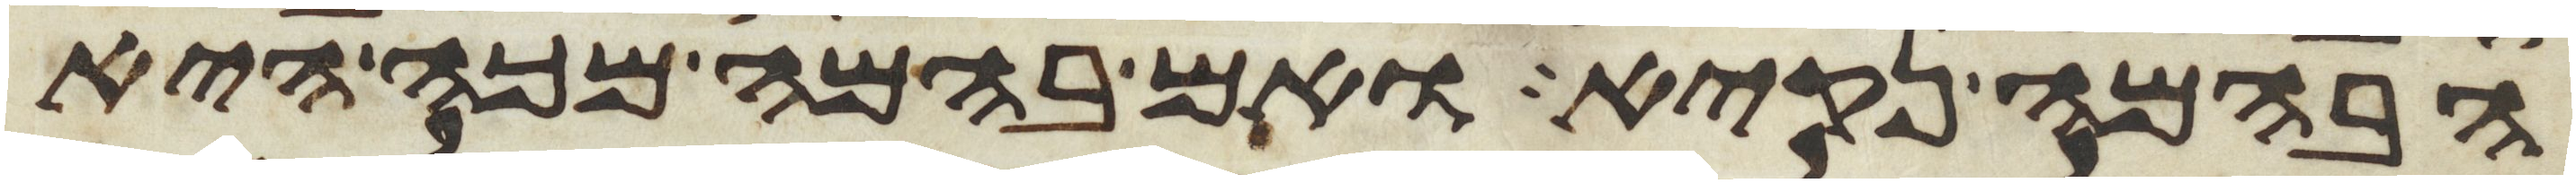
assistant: הבהמה נקיא ואם בהמה מכה היא